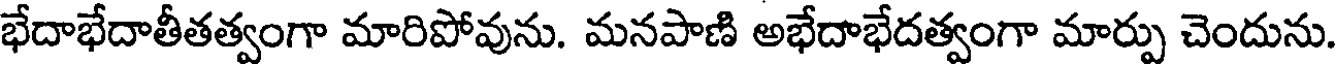
భేదాభేదాతీతత్వంగా మారిపోవును. మనపాణి అభేదాభేదత్వంగా మార్పు చెందును.